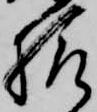
様